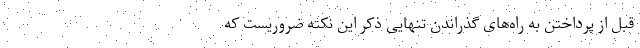
قبل از پرداختن به راه‌های گذراندن تنهایی ذکر این نکته ضروریست که